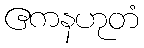
ဧကနဟုတံ